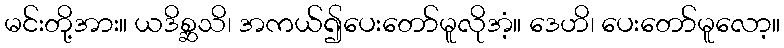
မင်းတို့အား။ ယဒိစ္ဆသိ၊ အကယ်၍ပေးတော်မူလိုအံ့။ ဒေဟိ၊ ပေးတော်မူလော့။